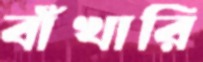
বাঁখারি